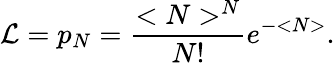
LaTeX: {\cal L}=p_{N}=\frac{<N>^{N}}{N!}e^{-<N>}.